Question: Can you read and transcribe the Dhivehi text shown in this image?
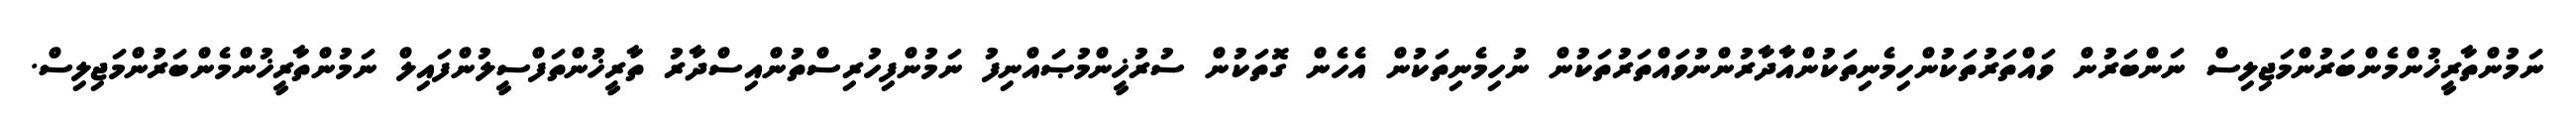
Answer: ނަމުންތާރީޚުންމެންބަރުންމަޖިލިސް ނަންބަރުން ވައްތަރުތަކުންހިމެނިތަކުންއާދާރުންނުވައްތަރުތަކުން ނުހިމެނިތަކުން އެހެން ގޮތަކުން ސުރުޚީންމުޞައްނިފު ނަމުންފިހުރިސްތުންއިސްދާރު ތާރީޚުންތަފްސީލުންފައިލް ނަމުންތާރީޚުންމެންބަރުންމަޖިލިސް.